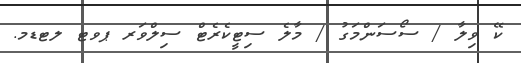
ކޭ ވިލާ / ސޯސަންމަގު / މާލެ ސިޓީކެރެޓް ސިލްވަރ ޕވޓ ލޓޑމ.